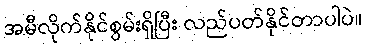
အမီလိုက်နိုင်စွမ်းရှိပြီး လည်ပတ်နိုင်တာပါပဲ။